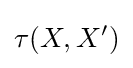
\tau (X,X^{\prime })